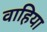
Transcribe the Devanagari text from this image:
वाहिया